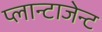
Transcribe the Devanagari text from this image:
प्लान्टाजेन्ट